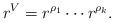
LaTeX: \begin{align*}r^V = r^{\rho_1} \cdots r^{\rho_k}.\end{align*}